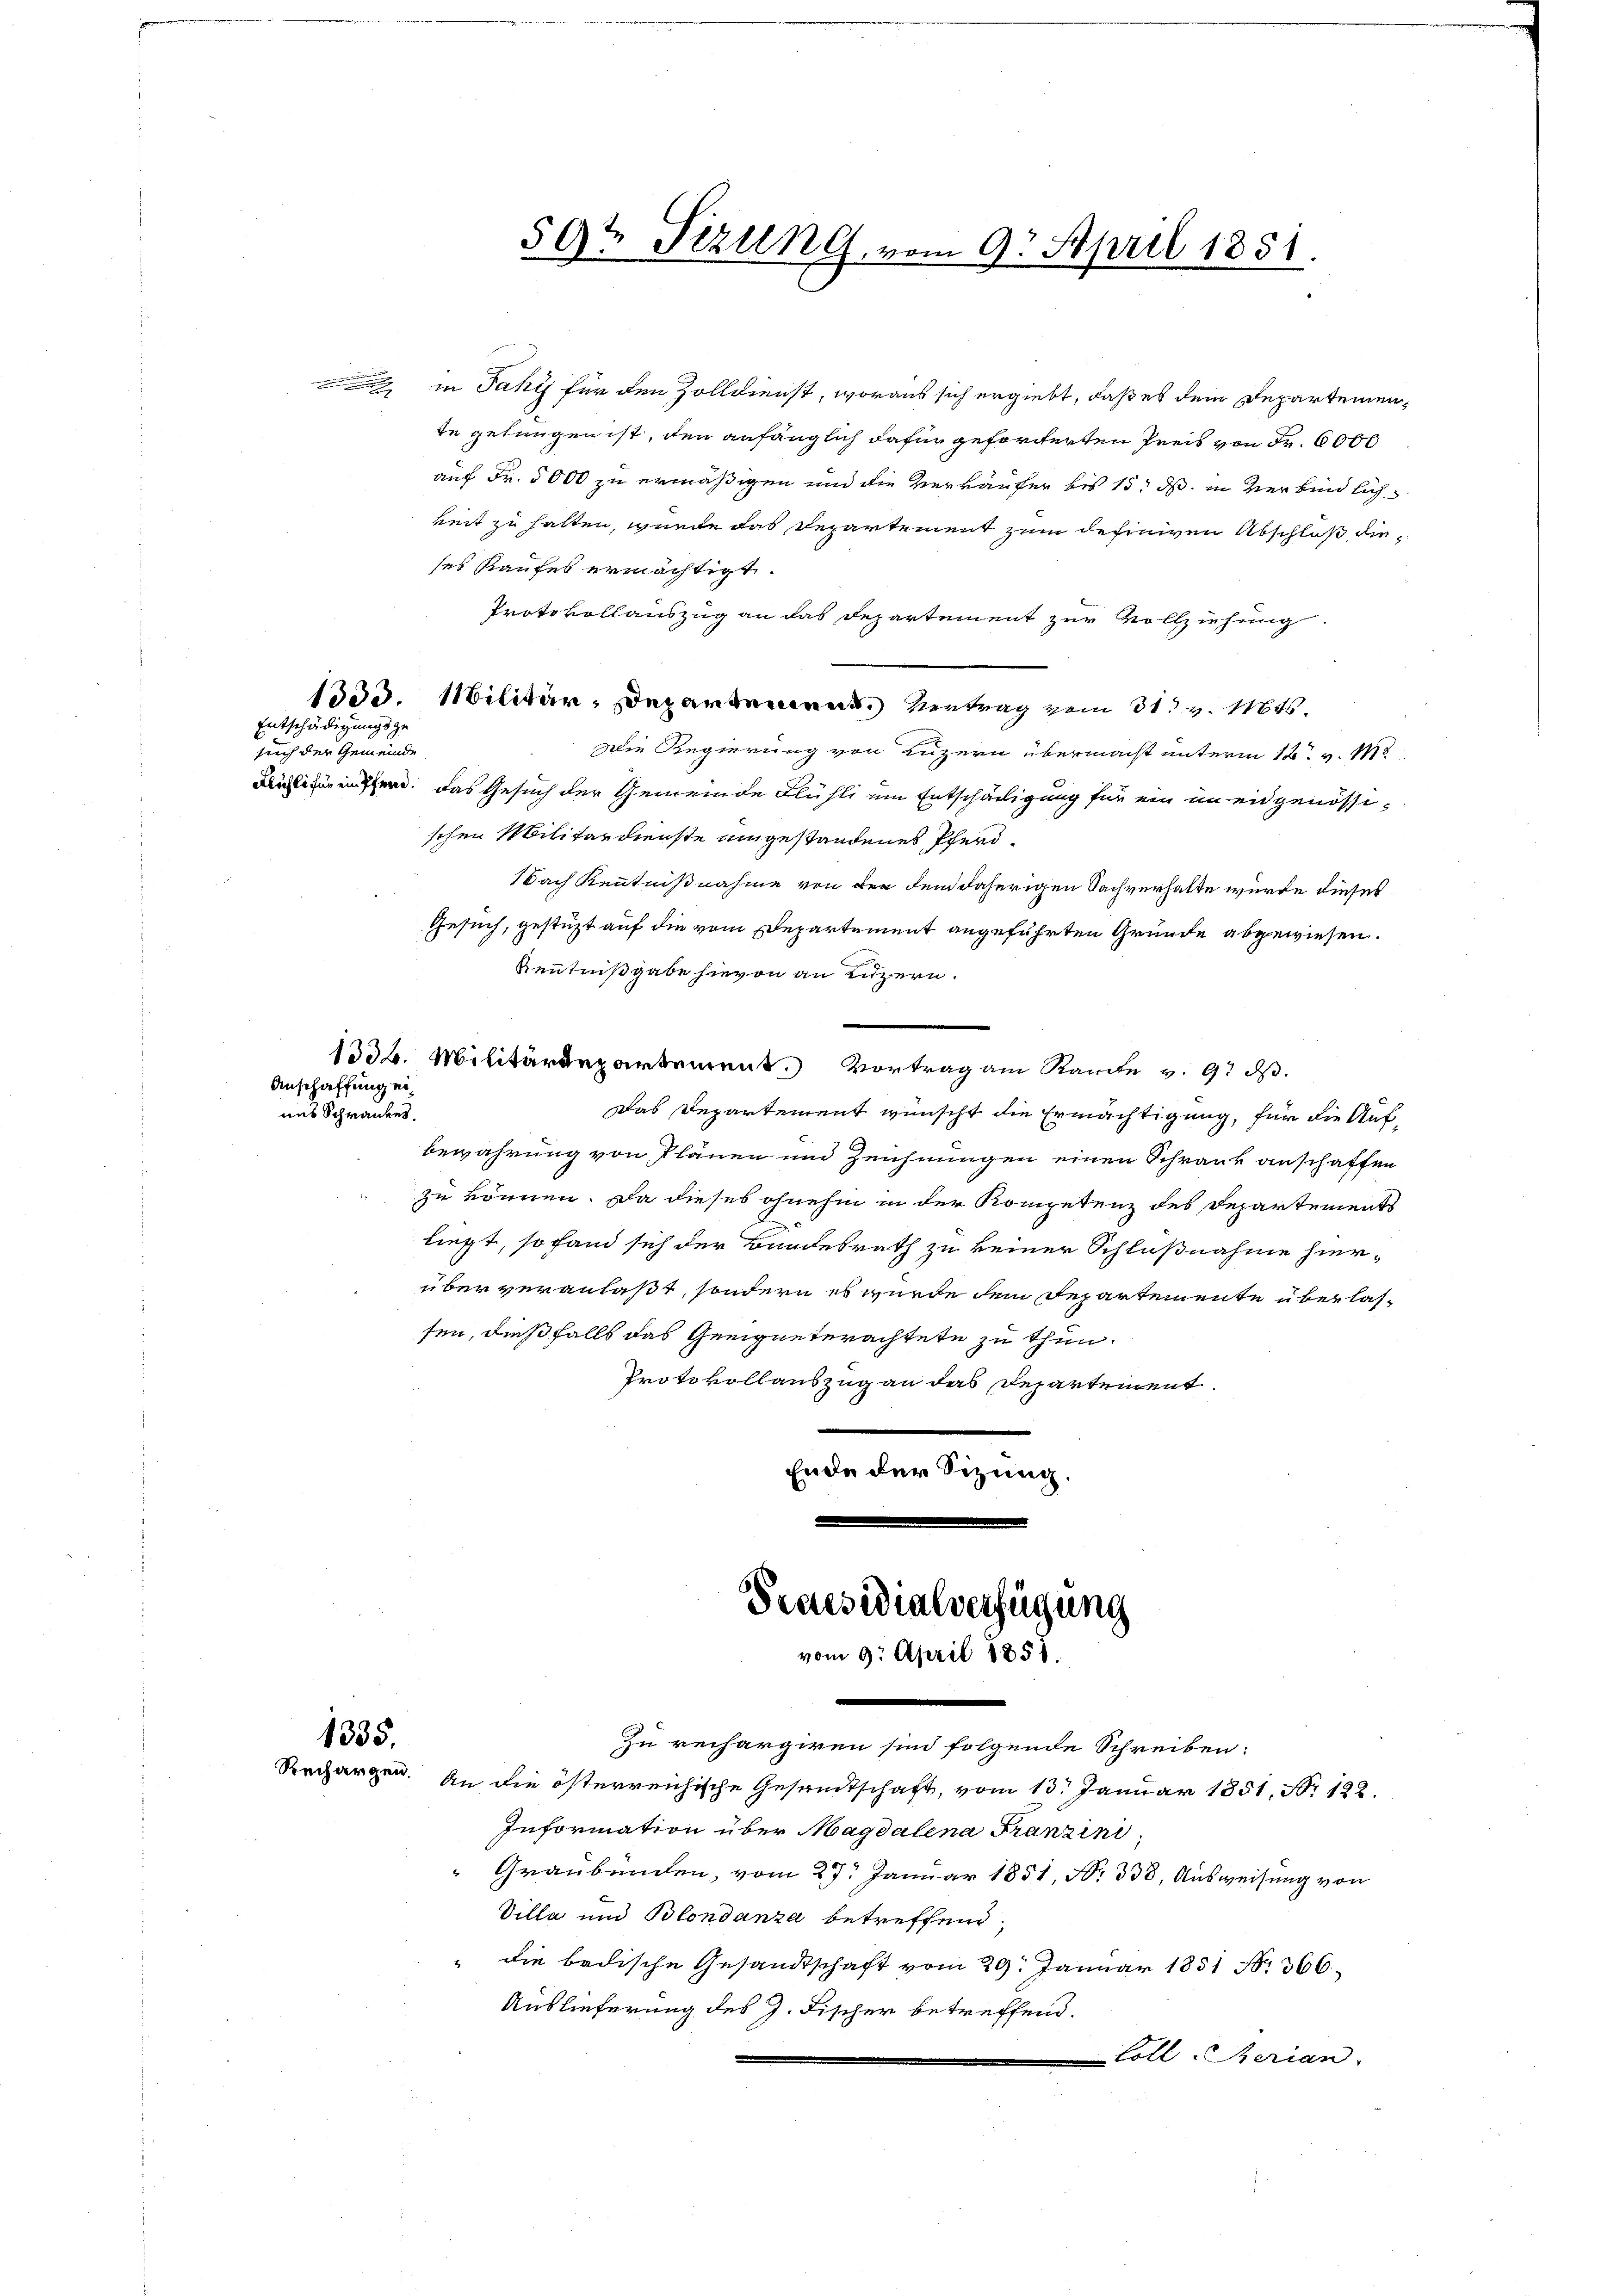
Entschädigungsgesuch der Gemeinde

in Jahr für den Zolldienst, woraus sich ergiebt, daß es dem Departemente gelungen ist, den anfänglich dafür geforderten Preis von Fr. 6000
auf Fr. 5000 zu ermäßigen und die Verkäufer bis 15. ds. in Verbindlich
keit zu halten, wurde das Departement zum definiven Abschluß dieses Kaufes ermächtigt.
Protokollauszug an das Departement zur Vollziehung.
1333. Militär, Departement. Vertrag vom 31. v. Mts.
Die Regierung von Luzern übermacht unterm 12. v. 18
ner. Das Gesuch der Gemeinde Flühli um Entschädigung für ein im eidgenössischen Militärdienste eingestandenes Pferd¬
Nach Kenntnißnahme von der dem daherigen Sachverhalte würde dieses
Gesuch, gestüzt auf die vom Departement angeführten Gründe abgewiesen.
Kenntnißgabe hievon an Luzern.
1336. Militärdepartement. Vortrag am Ramte v. 9. dβ.
Anschaffung eiuns Schrankes.
Das Departement wünscht die Ermächtigung, für die Aufbewahrung von Plänen um Zeichnungen einen Schrank anschaffen
zu können. Da dieses ohnehin in der Kompetenz des Departements
liegt, so fand sich der Bundesrath zu keiner Schlußnahme hier-
über veranlaßt, sondern es wurde dem Departemente überlassen, dießfalls das Geeigneterachtete zu thun.
Protokollauszug an das Departement.
Ende der Sitzung.

1335.

59t Sizung vom 9. April 1851.

Praesidialverfügung
vom 9. April 1851.
.

Zu rechargiren sind folgende Schreiben:
Rechargen. An die österreichische Gesandtschaft, vom 13. Januar 1851, No 122.
Information über Magdalena Franzini
Graubünden, vom 27. Januar 1851, No. 338. Ausweisung von
Villa und Blondanza betreffend
die badische Gesandtschaft vom 29. Januar 1831 Nr. 366
Auslieferung des J. Fischer betreffend.
Coll Serian.